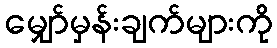
မျှော်မှန်းချက်များကို